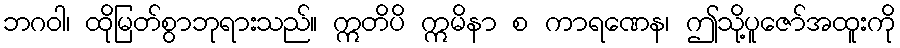
ဘဂဝါ၊ ထိုမြတ်စွာဘုရားသည်။ ဣတိပိ ဣမိနာ စ ကာရဏေန၊ ဤသို့ပူဇော်အထူးကို